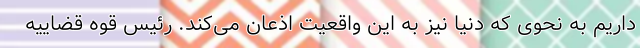
داریم به نحوی که دنیا نیز به این واقعیت اذعان می‌کند. رئیس قوه قضاییه